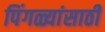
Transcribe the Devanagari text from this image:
पिंगळ्यांसाठी